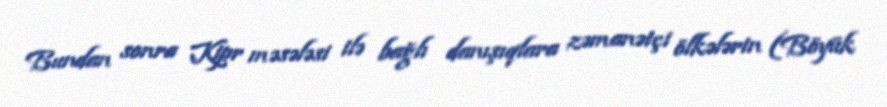
Bundan sonra Kipr məsələsi ilə bağlı danışıqlara zəmanətçi ölkələrin (Böyük